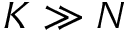
K \gg N